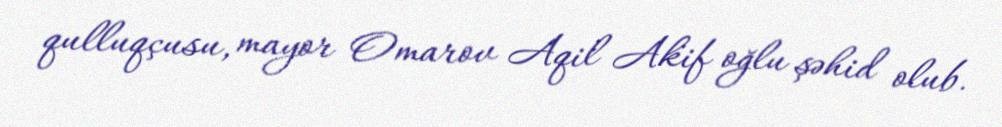
qulluqçusu, mayor Omarov Aqil Akif oğlu şəhid olub.